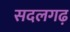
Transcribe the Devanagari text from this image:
सदलगढ़